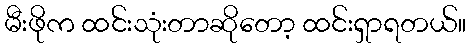
မီးဖိုက ထင်းသုံးတာဆိုတော့ ထင်းရှာရတယ်။